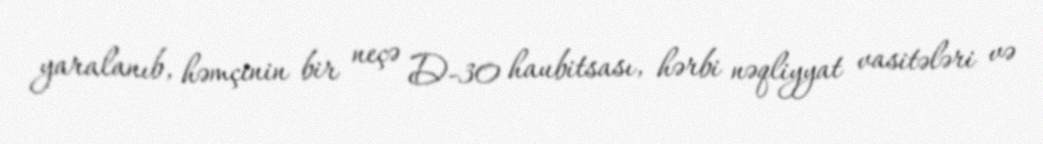
yaralanıb, həmçinin bir neçə D-30 haubitsası, hərbi nəqliyyat vasitələri və